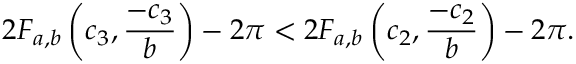
2 F _ { a , b } \left( c _ { 3 } , \frac { - c _ { 3 } } { b } \right) - 2 \pi < 2 F _ { a , b } \left( c _ { 2 } , \frac { - c _ { 2 } } { b } \right) - 2 \pi .